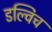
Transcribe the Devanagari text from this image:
डल्विच